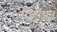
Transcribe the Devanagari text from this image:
राज्यथा।